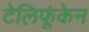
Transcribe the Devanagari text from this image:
टेलिफूंकेन